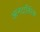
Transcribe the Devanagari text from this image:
आनंदातिरेक